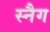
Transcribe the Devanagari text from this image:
स्नैग